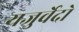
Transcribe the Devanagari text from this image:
यजुर्वेदो